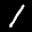
Label: 1